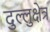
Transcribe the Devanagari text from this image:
दुल्लुक्षेत्र